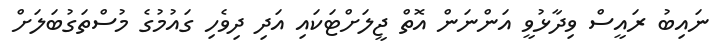
ނައިބު ރައީސް ވިދާޅުވީ އަންނަން އޮތް ޖީލަށްޓަކައި އަދި ދިވެހި ގައުމުގެ މުސްތަގުބަލަށް